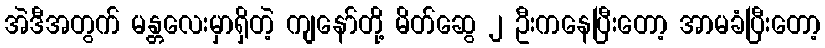
အဲဒီအတွက် မန္တလေးမှာရှိတဲ့ ကျနော်တို့ မိတ်ဆွေ ၂ ဦးကနေပြီးတော့ အာမခံပြီးတော့